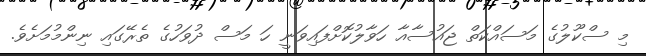
މި ސްކޫލުގެ މަސައްކަތް ޖައުސާއާ ހަވާލުކޮށްފައިވަނީ ހަ މަސް ދުވަހުގެ ތެރޭގައި ނިންމުމަށެވެ.